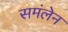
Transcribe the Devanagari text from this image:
समंलेन